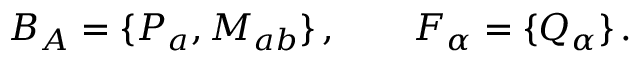
B _ { A } = \{ P _ { a } , M _ { a b } \} \, , \qquad F _ { \alpha } = \{ Q _ { \alpha } \} \, .